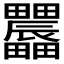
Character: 𤴌